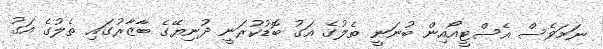
ނަމަވެސް އެސްޓީއޯއިން ބުނަނީ ތެލުގެ އަގު ބޮޑުކުރަނީ ދުނިޔޭގެ ބާޒާރުގައި ތެލުގެ އަގު